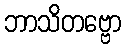
ဘာသိတဗ္ဗော